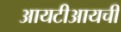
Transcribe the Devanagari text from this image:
आयटीआयची